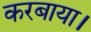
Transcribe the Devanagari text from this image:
करबाया।